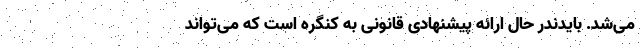
می‌شد. بایدندر حال ارائه پیشنهادی قانونی به کنگره است که می‌تواند